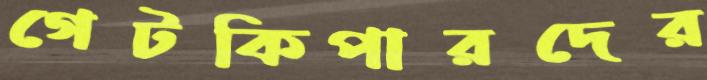
গেটকিপারদের